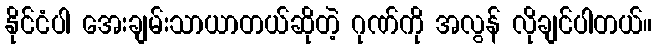
နိုင်ငံပါ အေးချမ်းသာယာတယ်ဆိုတဲ့ ဂုဏ်ကို အလွန် လိုချင်ပါတယ်။